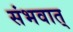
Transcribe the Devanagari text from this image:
संभवात्‌